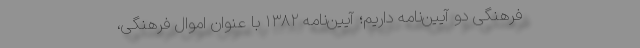
فرهنگی دو آیین‌نامه داریم؛ آیین‌نامه ۱۳۸۲ با عنوان اموال فرهنگی،